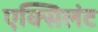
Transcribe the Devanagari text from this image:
एक्सिलंट